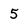
Character: 5